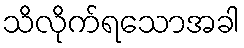
သိလိုက်ရသောအခါ